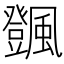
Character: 𩙄